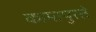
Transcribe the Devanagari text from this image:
कामापुरते